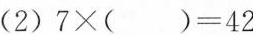
(2)$$7 × ( ) = 4 2$$